Vaccination in the Punjab 1867-1880 - 1867-1880
Year: 1867
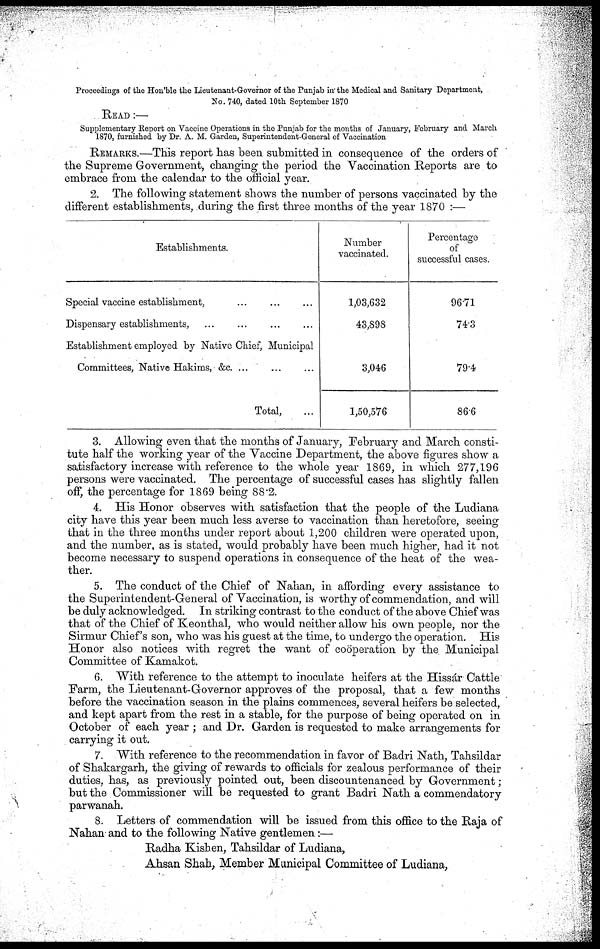
Proceedings of the Hon'ble the Lieutenant-Governor of the Punjab in the Medical and Sanitary Department,
No. 740, dated 10th September 1870
READ :—
Supplementary Report on Vaccine Operations in the Punjab for the months of January, February and March
1870, furnished by Dr. A. M. Garden, Superintendent-General of Vaccination
REMARKS.—This report has been submitted in consequence of the orders of
the Supreme Government, changing the period the Vaccination Reports are to
embrace from the calendar to the official year.
2. The following statement shows the number of persons vaccinated by the
different establishments, during the first three months of the year 1870 :—
Establishments.
Special vaccine establishment, ... ... ...
Dispensary establishments, ... ... ... ...
Establishment employed by Native Chief, Municipal
Committees, Native Hakims, &c. ... ... ...
Total, ...
Number
vaccinated.
1,03,632
43,898
3,046
1,50,576
Percentage
of
successful cases.
96.71
74.3
79.4
86.6
3. Allowing even that the months of January, February and March consti-
tute half the working year of the Vaccine Department, the above figures show a
satisfactory increase with reference to the whole year 1869, in which 277,196
persons were vaccinated. The percentage of successful cases has slightly fallen
off, the percentage for 1869 being 88.2.
4. His Honor observes with satisfaction that the people of the Ludiana
city have this year been much less averse to vaccination than heretofore, seeing
that in the three months under report about 1,200 children were operated upon,
and the number, as is stated, would probably have been much higher, had it not
become necessary to suspend operations in consequence of the heat of the wea-
ther.
5. The conduct of the Chief of Nahan, in affording every assistance to
the Superintendent-General of Vaccination, is worthy of commendation, and will
be duly acknowledged. In striking contrast to the conduct of the above Chief was
that of the Chief of Keonthal, who would neither allow his own people, nor the
Sirmur Chief's son, who was his guest at the time, to undergo the operation. His
Honor also notices with regret the want of coöperation by the Municipal
Committee of Kamakot.
6. With reference to the attempt to inoculate heifers at the Hissár Cattle
Farm, the Lieutenant-Governor approves of the proposal, that a few months
before the vaccination season in the plains commences, several heifers be selected,
and kept apart from the rest in a stable, for the purpose of being operated on in
October of each year ; and Dr. Garden is requested to make arrangements for
carrying it out.
7. With reference to the recommendation in favor of Badri Nath, Tahsildar
of Shakargarh, the giving of rewards to officials for zealous performance of their
duties, has, as previously pointed out, been discountenanced by Government ;
but the Commissioner will be requested to grant Badri Nath a commendatory
parwanah.
8. Letters of commendation will be issued from this office to the Raja of
Nahan and to the following Native gentlemen:—
Radha Kishen, Tahsildar of Ludiana,
Ahsan Shah, Member Municipal Committee of Ludiana,